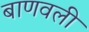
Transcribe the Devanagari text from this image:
बाणवली